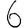
Digit: 6